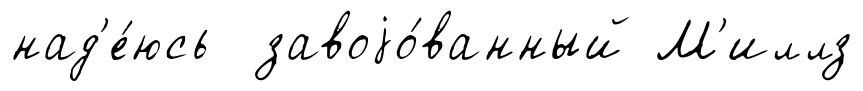
над'е́юсь завоjо́ванный М'иллз